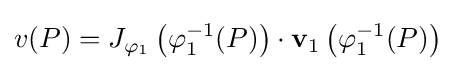
v(P)=J_{\varphi _{1}}\left(\varphi _{1}^{-1}(P)\right)\cdot {\mathbf {v} }_{1}\left(\varphi _{1}^{-1}(P)\right)